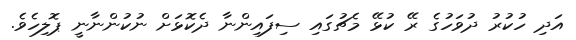
އަދި ހުކުރު ދުވަހުގެ ރޭ ކުޅޭ މެޗުގައި ސިފައިންނާ ދެކޮޅަށް ނުކުންނާނީ ޕޮލިހެވެ.